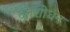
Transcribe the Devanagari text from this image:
दंतशोधन